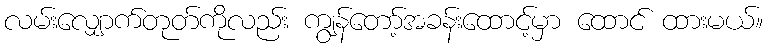
လမ်းလျှောက်တုတ်ကိုလည်း ကျွန်တော့်အခန်းထောင့်မှာ ထောင် ထားမယ်။